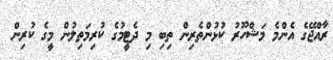
ރާއްޖޭގެ އެންމެ މަޝްހޫރު ކުޅުންތެރިން ތިބި މި ދެޓީމުގެ ކުރިމަތިލުން މީގެ ކުރިން